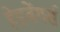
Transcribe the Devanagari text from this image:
हेडबेंगर्स